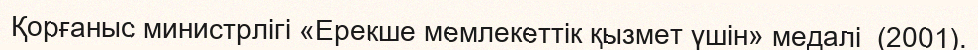
Қорғаныс министрлігі «Ерекше мемлекеттік қызмет үшін» медалі  (2001).